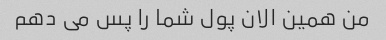
من همین الان پول شما را پس می دهم